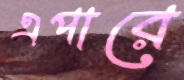
এপারে